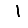
Digit: 1